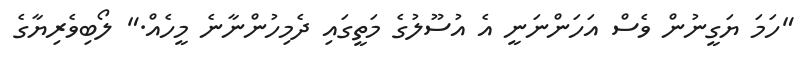
"ހަމަ ޔަގީނުން ވެސް އަހަންނަނީ އެ އުސޫލުގެ މަތީގައި ދެމިހުންނާނެ މީހެއް." ލޯބިވެރިޔާގެ